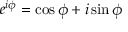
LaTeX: e ^ { i \phi } = \cos \phi + i \sin \phi